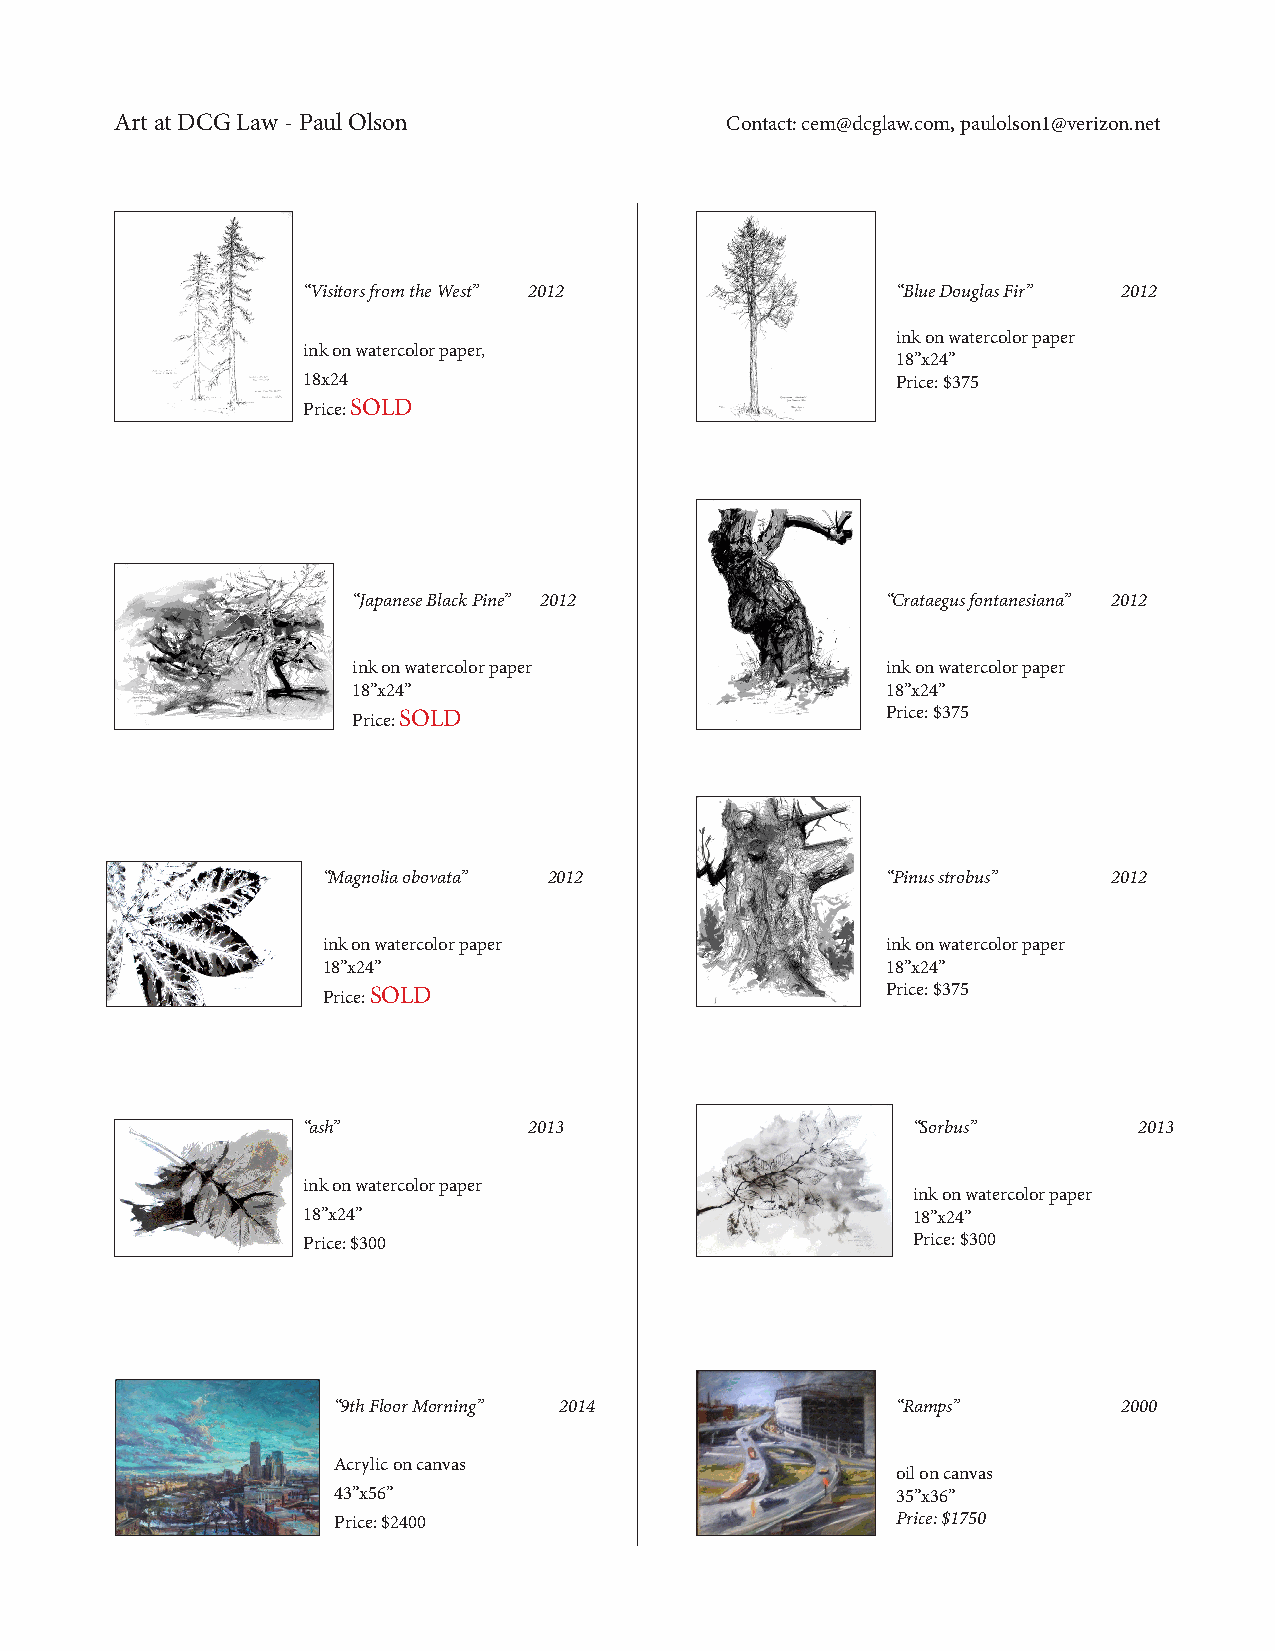
Art at DCG Law - Paul Olson             Contact: cem@dcglaw.com, paulolson1@verizon.net
 “Visitors from the West” 2012          “Blue Douglas Fir” 2012
 ink on watercolor paper
 ink on watercolor paper,
 18”x24”
 18x24                                  Price: $375
 Price: SOLD
 “Japanese Black Pine” 2012          “Crataegus fontanesiana” 2012
 ink on watercolor paper             ink on watercolor paper
 18”x24”                             18”x24”
 Price: SOLD                         Price: $375
 “Magnolia obovata” 2012               “Pinus strobus” 2012
 ink on watercolor paper               ink on watercolor paper
 18”x24”                               18”x24”
 Price: SOLD                           Price: $375
 “ash”          2013                     “Sorbus”       2013
 ink on watercolor paper
 ink on watercolor paper
 18”x24”                                 18”x24”
 Price: $300                             Price: $300
 “9th Floor Morning” 2014             “Ramps”        2000
 Acrylic on canvas
 oil on canvas
 43”x56”                              35”x36”
 Price: $2400                         Price: $1750